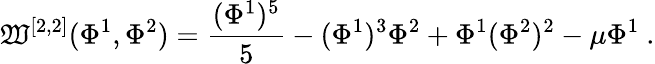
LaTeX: \mathfrak{W}^{[2,2]}(\Phi^{1},\Phi^{2})={\frac{{(\Phi^{1})^{5}}}{{5}}}-(\Phi^{1})^{3}\Phi^{2}+\Phi^{1}(\Phi^{2})^{2}-\mu\Phi^{1}~.